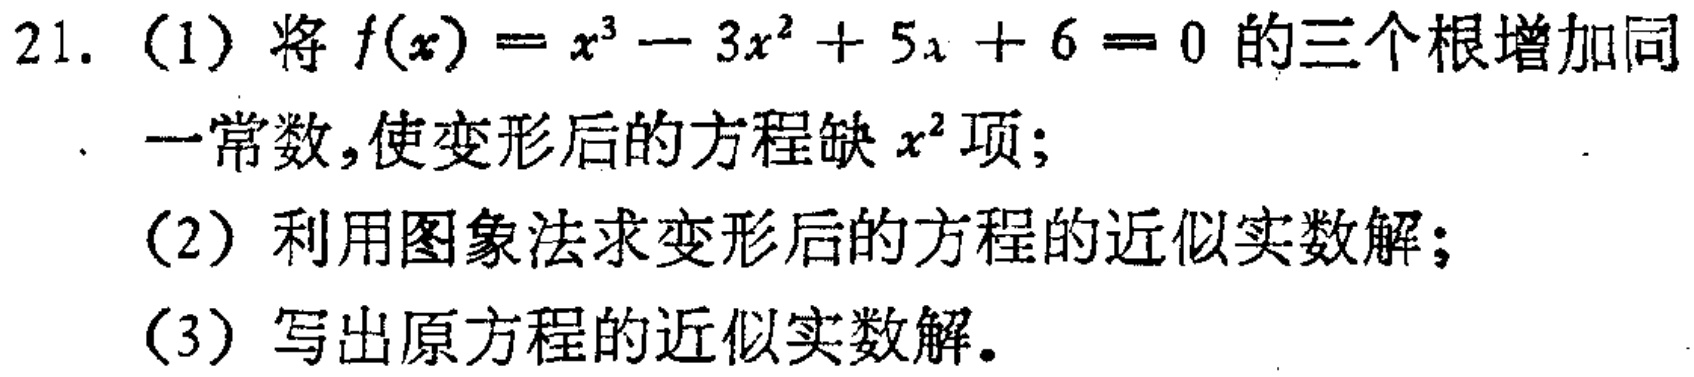
21. (1) 将$f(x)=x^{3}-3x^{2}+5x + 6 = 0$的三个根增加同
一常数，使变形后的方程缺$x^{2}$项；
(2) 利用图象法求变形后的方程的近似实数解；
(3) 写出原方程的近似实数解。